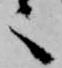
々